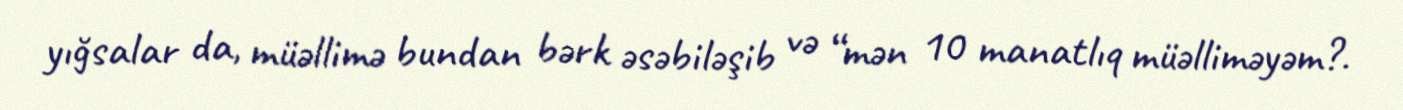
yığsalar da, müəllimə bundan bərk əsəbiləşib və “mən 10 manatlıq müəlliməyəm?.